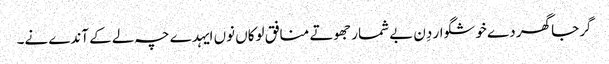
گرجا گھر دے خوشگوار دِن بے شمار جھوتے منافق لوکاں نوں ایہدے چہ لے کے آندے نے۔